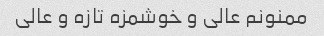
ممنونم عالی و خوشمزه تازه و عالی